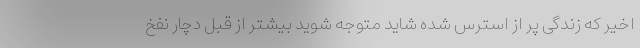
اخیر که زندگی پُر از استرس شده شاید متوجه شوید بیشتر از قبل دچار نفخ